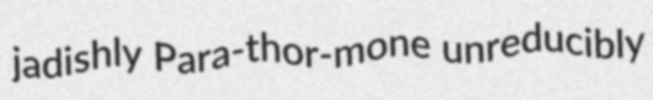
jadishly Para-thor-mone unreducibly